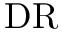
\mathrm { D R }